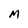
Character: M